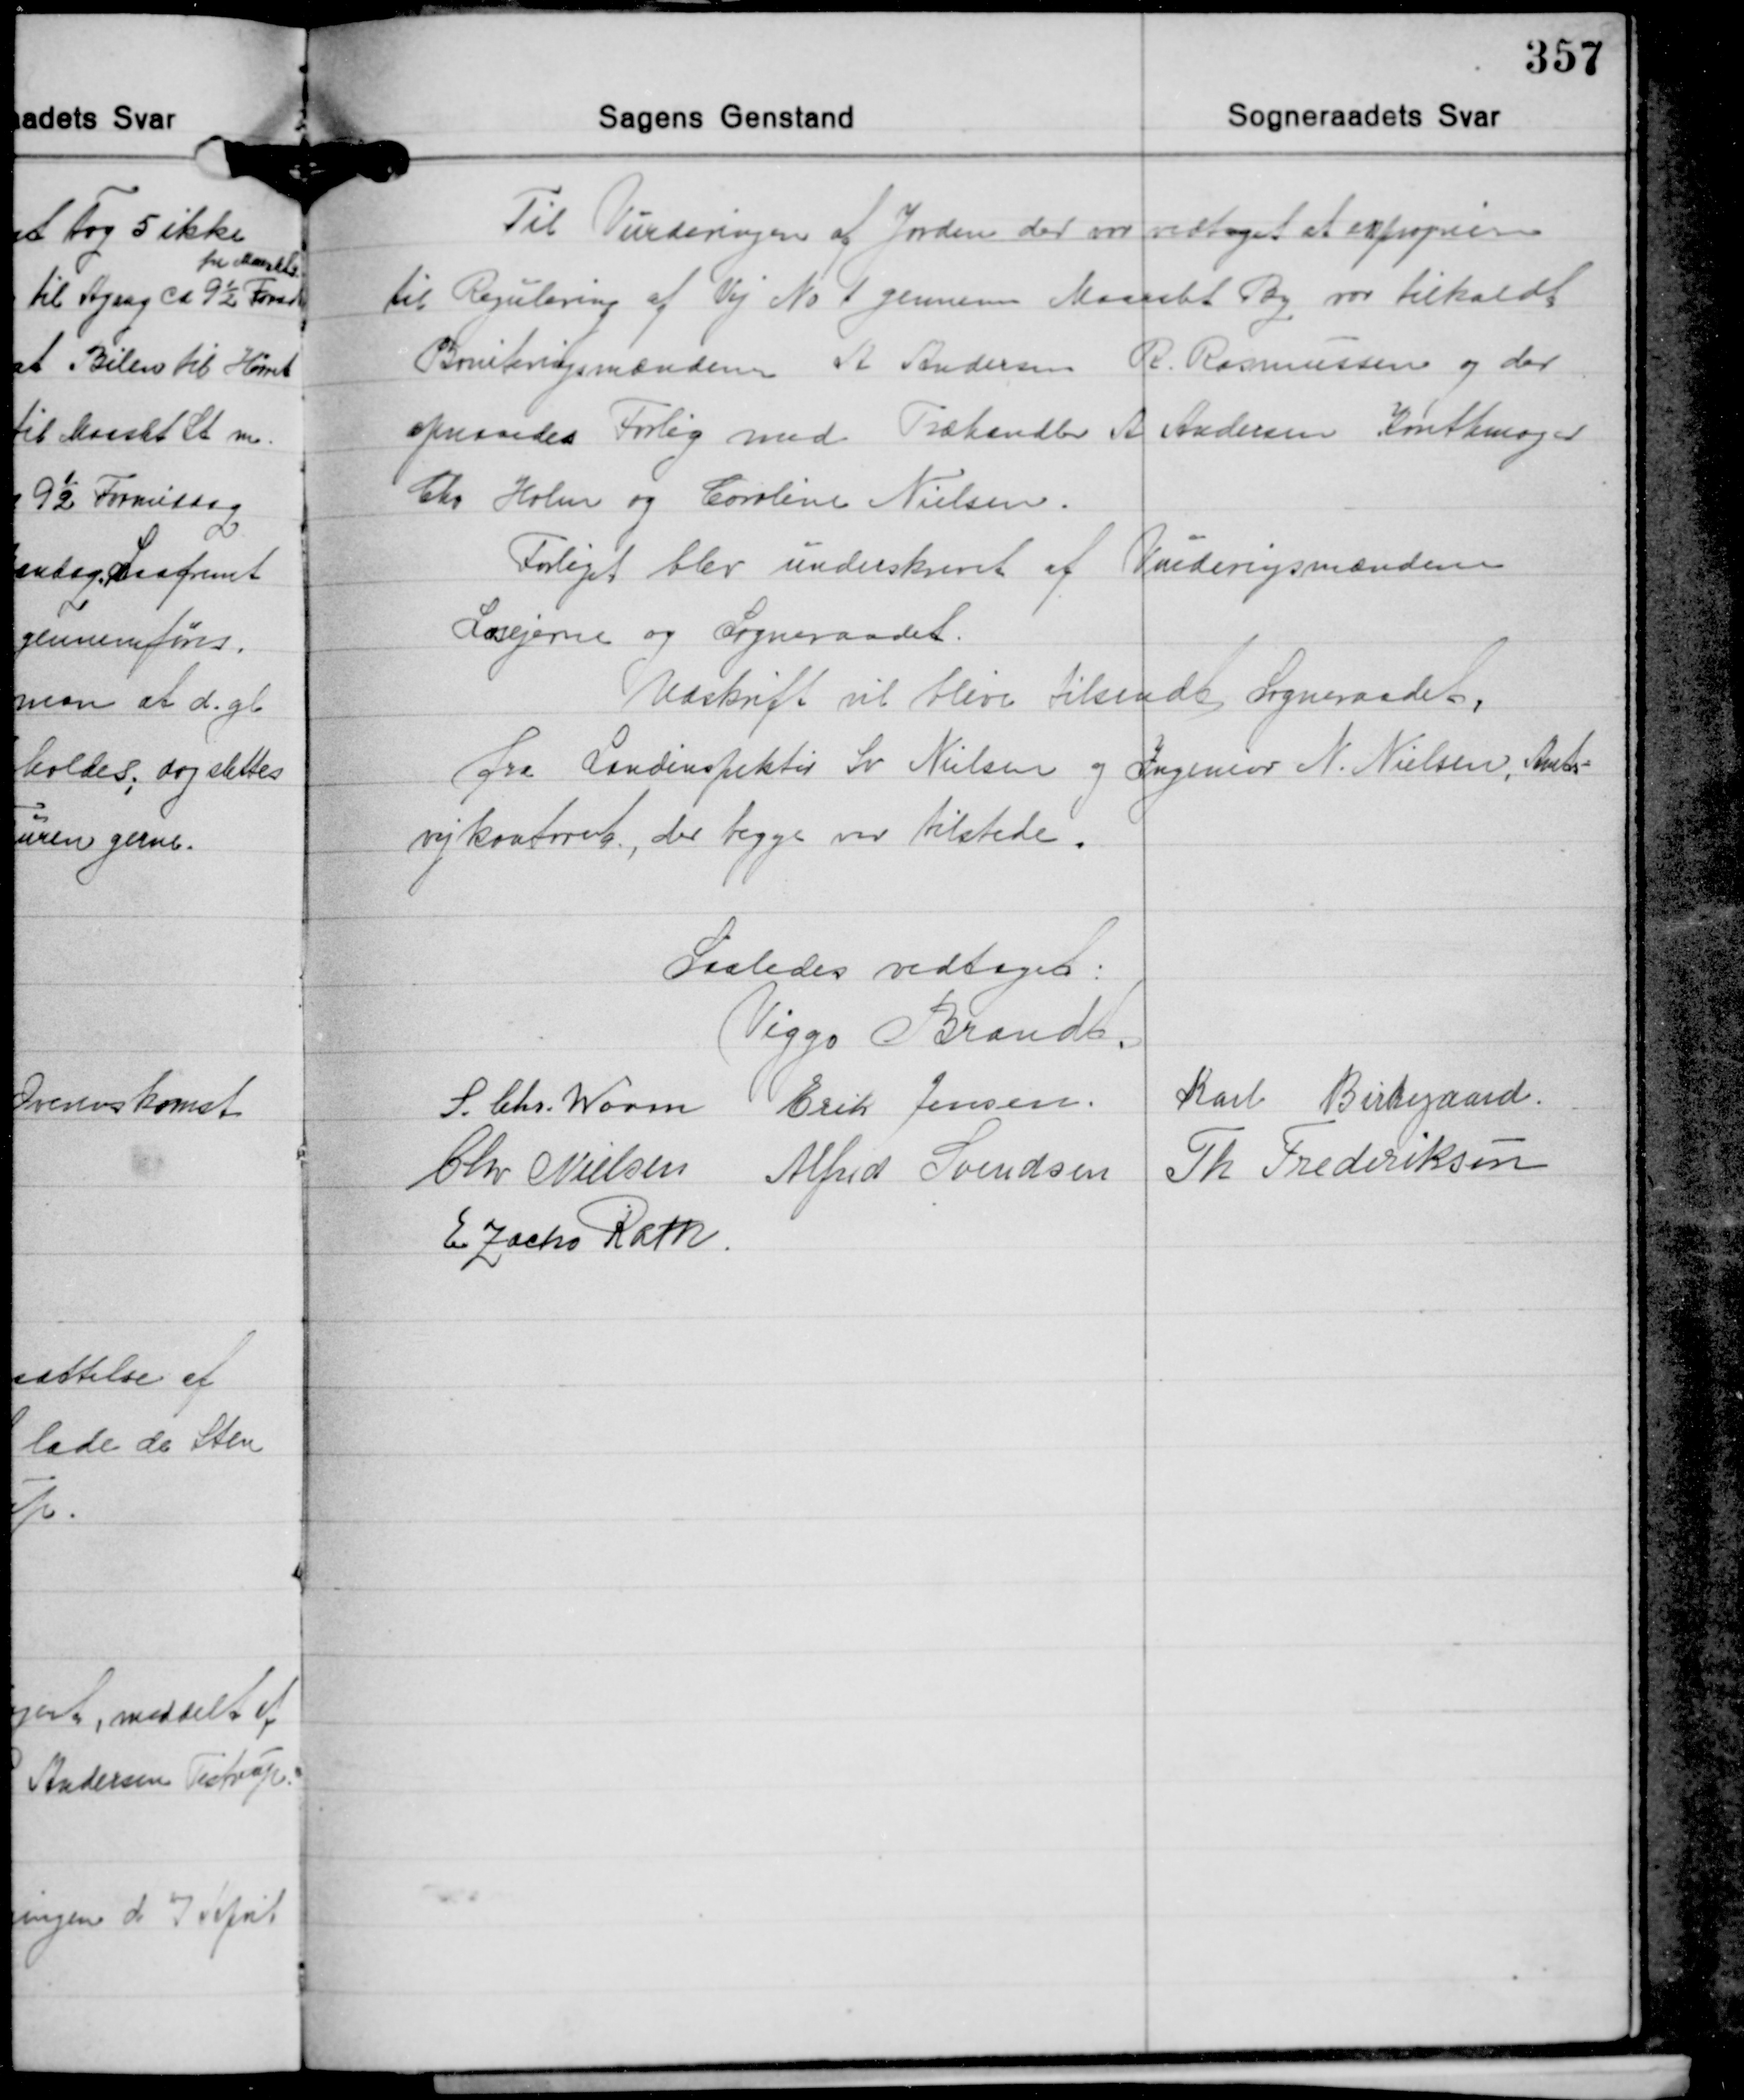
Transskription:
Til Vurderingen af Jorden der er vedtaget at expropiere
til Regulering af Vej No 1 gennem Maarslet By var tilkaldt
Boniteringsmændene A. Andersen, R. Rasmussen og der
opnaaedes Forlig med Tæhandler A. Andersen Karethmager
Chr. Holm og Caroline Nielsen.
Forliget blev underskrevet af Vurderingsmændene
Losejerne og Sogneraadet.
Udskrift vil blive tilsendt Sogneraadet,
fra Landinspektør Sv. Nielsen og Ingeniør N. Nielsen, Amts-
vejkontoret, der begge var tilstede.

Saaledes vedtaget:
Viggo Brandt
S. Chr. Worm Erik Jensen Karl Birkegaard
Chr. Nielsen Alfred Svendsen Th. Frederiksen
E. Zacho Rath